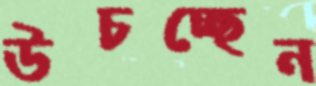
উচচ্ছেন